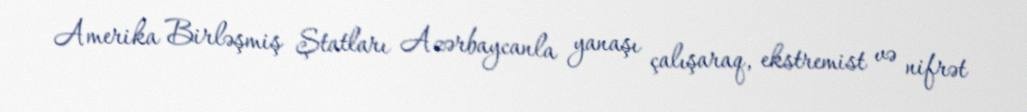
Amerika Birləşmiş Ştatları Azərbaycanla yanaşı çalışaraq, ekstremist və nifrət